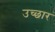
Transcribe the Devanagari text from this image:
उच्छार